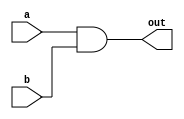

module and_gate(out ,a,b);
input a,b;
output out;
and (out ,a,b);
endmodule 
module and_gate_test;
reg a,b;
wire out;
and_gate uunt (out,a,b);
initial 
begin
#100  a = 1; b = 0;
#100 a = 0; b = 1;
#100  a = 1; b = 0;
#100 a = 0; b = 1;
#100  a = 1; b = 0;
#100 a = 0; b = 1; 
end
endmodule